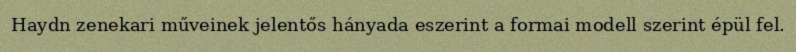
Haydn zenekari műveinek jelentős hányada eszerint a formai modell szerint épül fel.